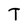
Character: T